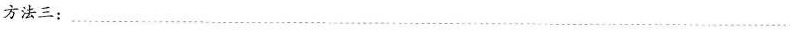
方法三：___